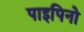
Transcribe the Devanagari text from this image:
पाइपिनो